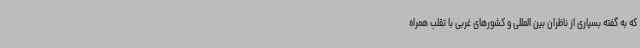
که به گفته بسیاری از ناظران بین المللی و کشورهای غربی با تقلب همراه